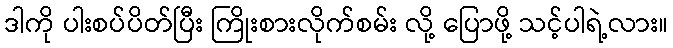
ဒါကို ပါးစပ်ပိတ်ပြီး ကြိုးစားလိုက်စမ်း လို့ ပြောဖို့ သင့်ပါရဲ့လား။